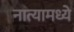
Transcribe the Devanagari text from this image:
नात्यामध्ये